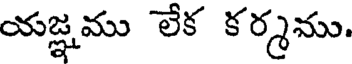
యజ్ఞము లేక కర్మము.